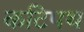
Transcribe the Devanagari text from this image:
कटिपथ